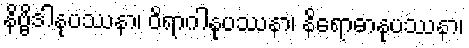
နိဗ္ဗိဒါနုပဿနာ၊ ဝိရာဂါနုပဿနာ၊ နိရောဓာနုပဿနာ၊